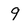
Character: 9